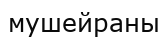
мушейраны